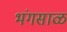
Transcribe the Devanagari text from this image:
भंगसाळ